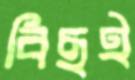
বিছই